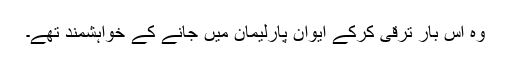
وہ اس بار ترقی کرکے ایوان پارلیمان میں جانے کے خواہشمند تھے۔